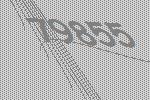
79855